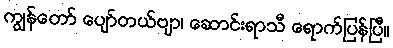
ကျွန်တော် ပျော်တယ်ဗျာ၊ ဆောင်းရာသီ ရောက်ပြန်ပြီ။